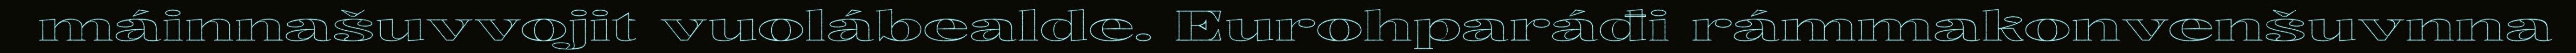
máinnašuvvojit vuolábealde. Eurohparáđi rámmakonvenšuvnna